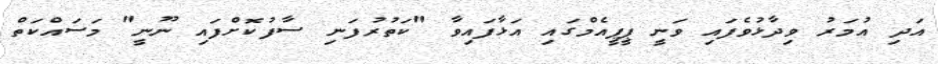
އަދި އުމަރު ވިދާޅުވެފައި ވަނީ ޕީޕީއެމްގައި އަޅާފައިވާ "ކަތުރުފަނި ސާފުކޮށްފައި ނޫނީ" މަސައްކަތް